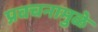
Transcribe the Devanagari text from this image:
प्रवचनामुळे